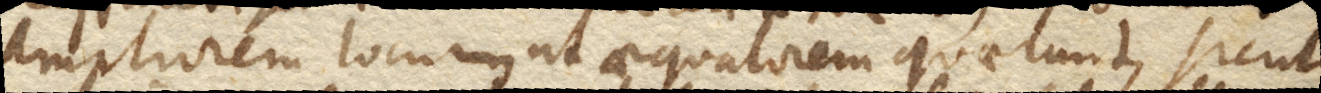
ampliorem locum ut aequatorem quaerunt, sicut